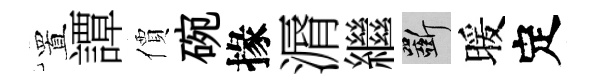
置譚價碗掾漘繼斫暖定